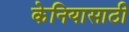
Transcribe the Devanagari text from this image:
केनियासाठी